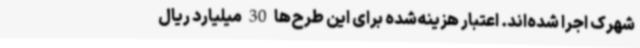
شهرک اجرا شده‌اند. اعتبار هزینه‌شده برای این طرح‌ها 30 میلیارد ریال